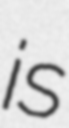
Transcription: is